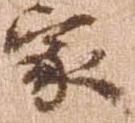
家